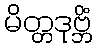
မိတ္တဒုဗ္ဘိံ